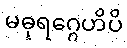
မဓုရဂ္ဂေဟိပိ